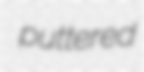
puttered